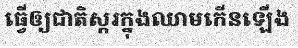
ធ្វើឲ្យជាតិស្ករក្នុងឈាមកើនឡើង